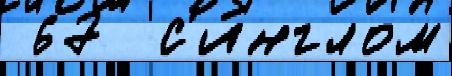
 67  с'и́нглом